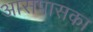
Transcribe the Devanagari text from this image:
आसपासका